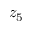
z _ { 5 }